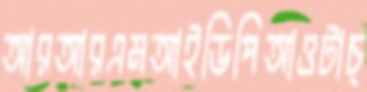
আরআরএমআইডিপিআওটাচ্